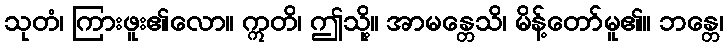
သုတံ၊ ကြားဖူး၏လော။ ဣတိ၊ ဤသို့။ အာမန္တေသိ၊ မိန့်တော်မူ၏။ ဘန္တေ၊